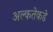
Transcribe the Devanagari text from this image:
अल्कतेकडे